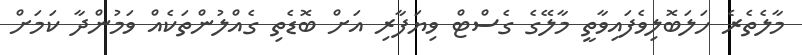
މާލެތެރެ ހަލަބޮލިވެފައިވާތީ މާލޭގެ ގެސްޓް ވިޔަފާރި އަށް ބޮޑެތި ގެއްލުންތަކެއް ވަމުންދާ ކަމަށް